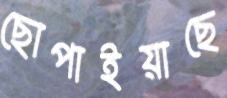
ছোপাইয়াছে